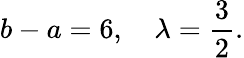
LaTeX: b-a=6,\quad\lambda=\frac{3}{2}.